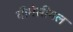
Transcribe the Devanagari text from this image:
वीगेसीमल